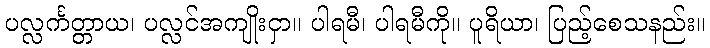
ပလ္လင်္ကတ္တာယ၊ ပလ္လင်အကျိုးငှာ။ ပါရမီ၊ ပါရမီကို။ ပူရိယာ၊ ပြည့်စေသနည်း။